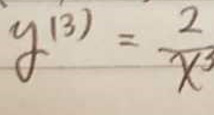
\[
y^{(3)}=\frac{2}{x^{3}}
\]